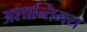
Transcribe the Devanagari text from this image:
अशान्तिमय